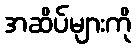
အဆိပ်များကို